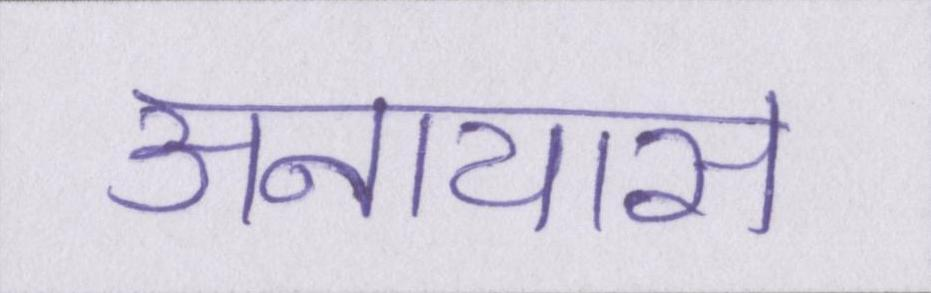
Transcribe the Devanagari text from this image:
अनायास